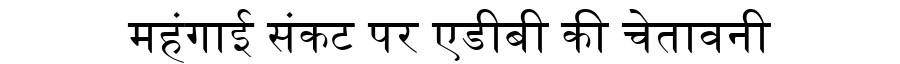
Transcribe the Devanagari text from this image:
महंगाई संकट पर एडीबी की चेतावनी